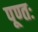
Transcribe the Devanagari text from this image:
पूण्तः